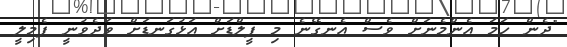
"ދެން ހަމަ އެންމެނަށް ވެސް އެނގޭނެ މި ފީލްޑަށް އަޅުގަނޑަށް ވަދެވުނީ ފެމިލީ